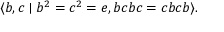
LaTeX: \langle b , c \mid b ^ { 2 } = c ^ { 2 } = e , b c b c = c b c b \rangle .